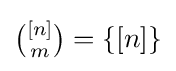
{\tbinom {[n]}{m}}=\{[n]\}